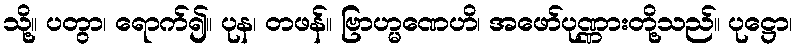
သို့။ ပတွာ၊ ရောက်၍။ ပုန၊ တဖန်။ ဗြာဟ္မဏေဟိ၊ အဖော်ပုဏ္ဏားတို့သည်။ ပုဋ္ဌော၊